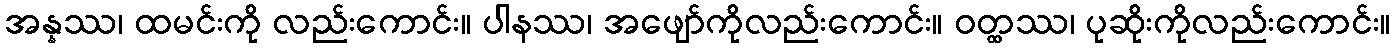
အန္နဿ၊ ထမင်းကို လည်းကောင်း။ ပါနဿ၊ အဖျော်ကိုလည်းကောင်း။ ဝတ္ထဿ၊ ပုဆိုးကိုလည်းကောင်း။